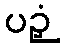
ပဉှံ